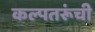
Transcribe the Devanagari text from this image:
कल्पतरूंची